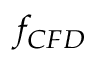
f _ { C F D }